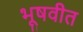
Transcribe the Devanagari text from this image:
भूषवीत